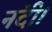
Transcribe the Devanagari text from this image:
नंदी।